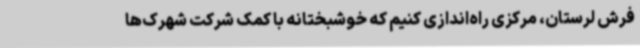
فرش لرستان، مرکزی راه‌اندازی کنیم که خوشبختانه با کمک شرکت شهرک‌ها